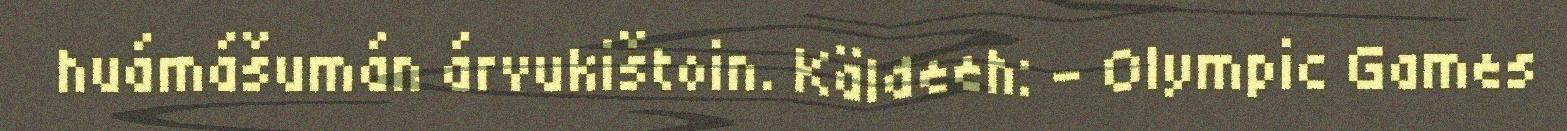
huámášumán árvukištoin. Käldeeh: – Olympic Games